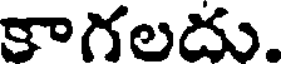
కాగలదు.